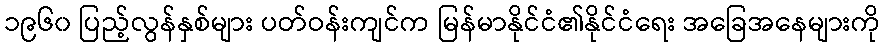
၁၉၆၀ ပြည့်လွန်နှစ်များ ပတ်ဝန်းကျင်က မြန်မာနိုင်ငံ၏နိုင်ငံရေး အခြေအနေများကို